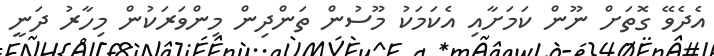
އެދެވޭ ގޮތަށް ނޫން ކަމަށާއި އެކަމަކު މޫސުން ތަންދިން މިންވަރަކުން މިހާރު ދަނީ